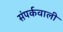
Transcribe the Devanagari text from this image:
संपर्कवाली